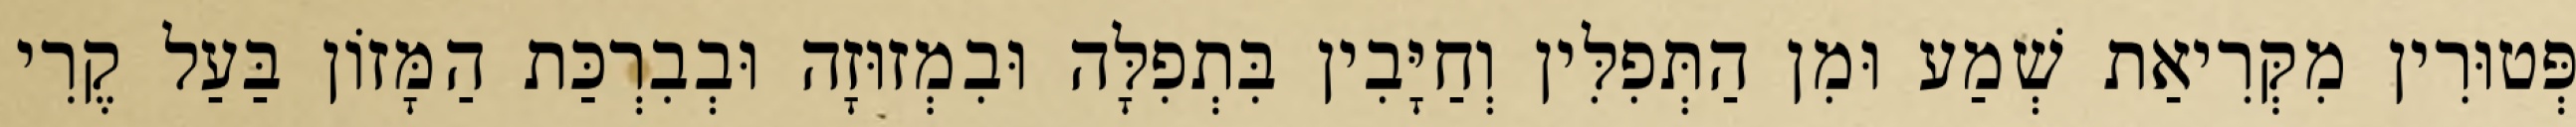
פְּטוּרִין מִקְּרִיאַת שְׁמַע וּמִן הַתְּפִלִּין וְחַיָּבִין בִּתְפִלָּה וּבִמְזוּזָה וּבְבִרְכַּת הַמָּזוֹן בַּעַל קֶרִי